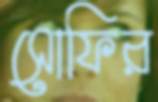
সোফির